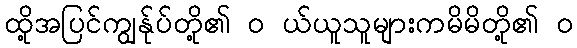
ထို့အပြင်ကျွန်ုပ်တို့၏ ၀ ယ်ယူသူများကမိမိတို့၏ ၀